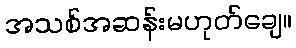
အသစ်အဆန်းမဟုတ်ချေ။